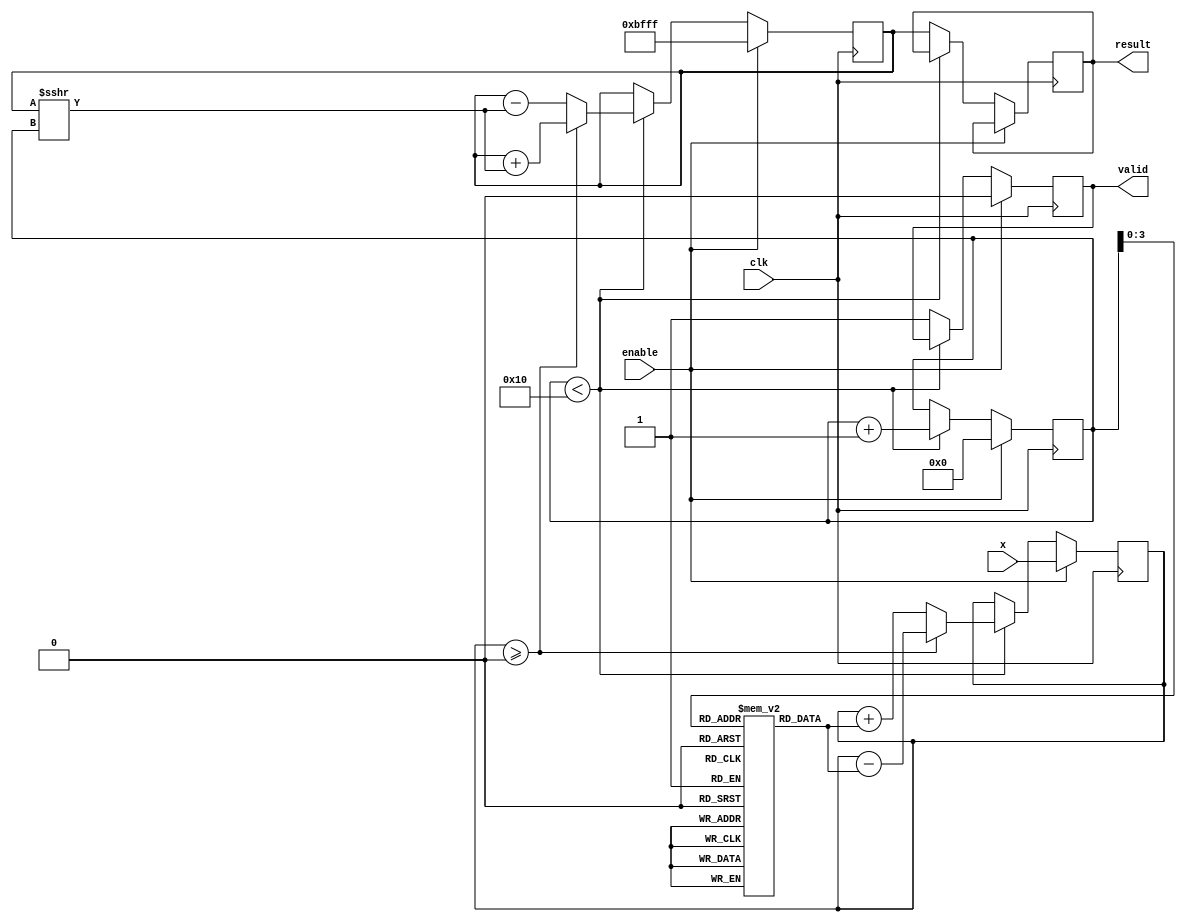
module cordic_reciprocal #(
    parameter WIDTH = 16,          // Bit-width for input and output
    parameter ITERATIONS = 16      // Number of CORDIC iterations
)(
    input wire clk,                // Clock signal
    input wire enable,             // Enable signal to start computation
    input wire [WIDTH-1:0] x,      // Input value (fixed-point representation)
    output reg [WIDTH-1:0] result, // Output reciprocal result
    output reg valid               // Output valid flag
);

    // Internal signals
    reg [WIDTH-1:0] z;             // Current approximation
    reg [WIDTH-1:0] angle;         // Angle for CORDIC iterations
    reg [4:0] iteration_count;      // Iteration counter
    reg [WIDTH-1:0] scaling_factor; // Scaling factor for normalization

    // Pre-calculated scaling factor for CORDIC
    initial begin
        scaling_factor = 16'hBFFF; // Example scaling factor (1/sqrt(2) in fixed-point)
    end

    // CORDIC rotation angles (in fixed-point representation)
    reg [WIDTH-1:0] angles [0:ITERATIONS-1];
    initial begin
        angles[0] = 16'h0000; // atan(2^0)
        angles[1] = 16'h0000; // atan(2^-1)
        angles[2] = 16'h0000; // atan(2^-2)
        // Fill in the rest of the angles as needed
        // ...
    end

    // State machine for CORDIC iterations
    always @(posedge clk) begin
        if (enable) begin
            // Initialize variables
            z <= scaling_factor; // Start with scaling factor
            angle <= x;          // Load input value
            iteration_count <= 0;
            valid <= 0;
        end else if (iteration_count < ITERATIONS) begin
            // CORDIC iteration
            if (angle >= 0) begin
                z <= z + (z >>> iteration_count); // z = z + (z * 2^-i)
                angle <= angle - angles[iteration_count]; // angle = angle - atan(2^-i)
            end else begin
                z <= z - (z >>> iteration_count); // z = z - (z * 2^-i)
                angle <= angle + angles[iteration_count]; // angle = angle + atan(2^-i)
            end
            iteration_count <= iteration_count + 1;
        end else begin
            // Final output after iterations
            result <= z; // Store the result
            valid <= 1;  // Set valid flag
        end
    end

endmodule